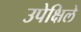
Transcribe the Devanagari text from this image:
उपेक्षिले